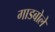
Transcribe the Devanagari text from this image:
गाडबोले